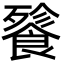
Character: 餮